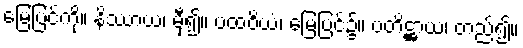
မြေပြင်ကို။ နိဿာယ၊ မှီ၍။ ပထဝိယံ၊ မြေပြင်၌။ ပတိဋ္ဌာယ၊ တည်၍။